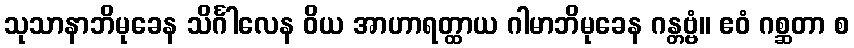
သုသာနာဘိမုခေန သိင်္ဂါလေန ဝိယ အာဟာရတ္ထာယ ဂါမာဘိမုခေန ဂန္တဗ္ဗံ။ ဧဝံ ဂစ္ဆတာ စ